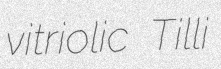
vitriolic Tilli